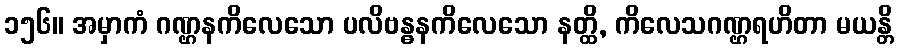
၁၅၆။ အမှာကံ ဂဏ္ဌနကိလေသော ပလိဗန္ဓနကိလေသော နတ္ထိ, ကိလေသဂဏ္ဌရဟိတာ မယန္တိ